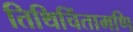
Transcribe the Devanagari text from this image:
तिथिचिंतामणि